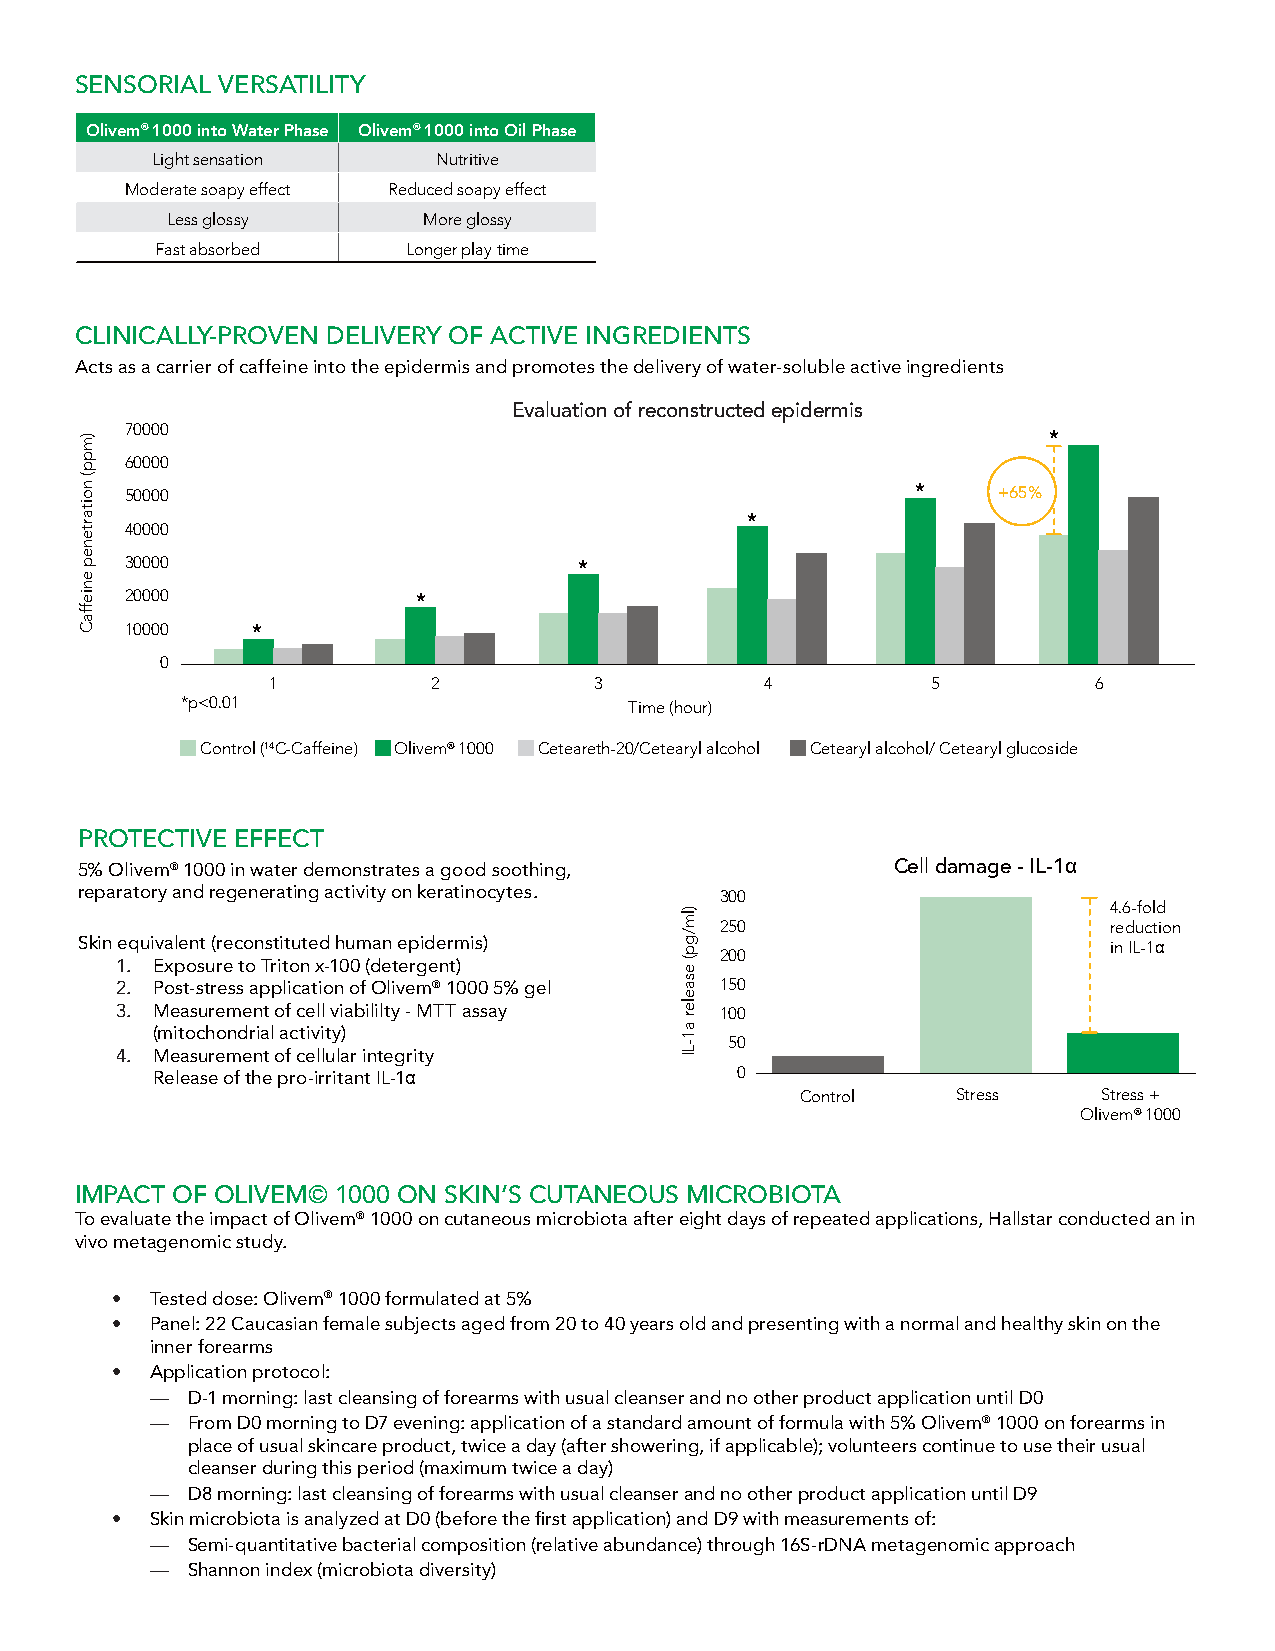
SENSORIAL VERSATILITY
 Olivem® 1000 into Water Phase Olivem® 1000 into Oil Phase
 Light sensation    Nutritive
 Moderate soapy effect Reduced soapy effect
 Less glossy      More glossy
 Fast absorbed    Longer play time
 CLINICALLY-PROVEN DELIVERY OF ACTIVE INGREDIENTS
 Acts as a carrier of caffeine into the epidermis and promotes the delivery of water-soluble active ingredients
 Evaluation of reconstructed epidermis
 70000
 *
 60000
 50000                                                *    +65%
 40000                                    *
 30000
 *
 20000
 *
 10000    *
 0
 1          2         3           4          5         6
 *p<0.01                       Time (hour)
 Control (14C-Caffeine) Olivem® 1000 Ceteareth-20/Cetearyl alcohol Cetearyl alcohol/ Cetearyl glucoside
 PROTECTIVE EFFECT
 5% Olivem® 1000 in water demonstrates a good soothing, Cell damage - IL-1α
 reparatory and regenerating activity on keratinocytes. 300
 4.6-fold
 250                      reduction
 Skin equivalent (reconstituted human epidermis)
 200
 in IL-1α
 1. Exposure to Triton x-100 (detergent)
 2. Post-stress application of Olivem® 1000 5% gel 150
 3. Measurement of cell viabililty - MTT assay 100
 (mitochondrial activity)
 50
 4. Measurement of cellular integrity
 0
 Release of the pro-irritant IL-1α
 Control   Stress    Stress +
 Olivem® 1000
 IMPACT OF OLIVEM© 1000 ON SKIN’S CUTANEOUS MICROBIOTA
 To evaluate the impact of Olivem® 1000 on cutaneous microbiota after eight days of repeated applications, Hallstar conducted an in
 vivo metagenomic study.
 •  Tested dose: Olivem® 1000 formulated at 5%
 •  Panel: 22 Caucasian female subjects aged from 20 to 40 years old and presenting with a normal and healthy skin on the
 inner forearms
 •  Application protocol:
 — D-1 morning: last cleansing of forearms with usual cleanser and no other product application until D0
 — From D0 morning to D7 evening: application of a standard amount of formula with 5% Olivem® 1000 on forearms in
 place of usual skincare product, twice a day (after showering, if applicable); volunteers continue to use their usual
 cleanser during this period (maximum twice a day)
 — D8 morning: last cleansing of forearms with usual cleanser and no other product application until D9
 •  Skin microbiota is analyzed at D0 (before the first application) and D9 with measurements of:
 — Semi-quantitative bacterial composition (relative abundance) through 16S-rDNA metagenomic approach
 — Shannon index (microbiota diversity)
 )mpp(
 noitartenep
 enieffaC
 )lm/gp(
 esaeler
 a1-LI